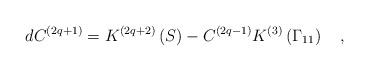
LaTeX: \begin{align*}dC^{\left( 2q+1\right) }=K^{\left( 2q+2\right) }\left( S\right)-C^{\left( 2q-1\right) }K^{\left( 3\right) }\left( \Gamma _{11}\right) \quad,\end{align*}